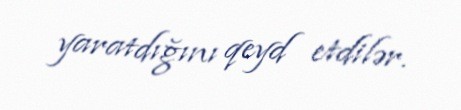
yaratdığını qeyd etdilər.